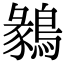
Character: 鶨